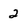
Character: 2